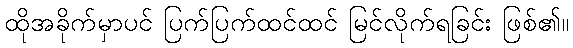
ထိုအခိုက်မှာပင် ပြက်ပြက်ထင်ထင် မြင်လိုက်ရခြင်း ဖြစ်၏။